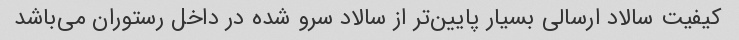
کیفیت سالاد ارسالی بسیار پایین‌تر از سالاد سرو شده در داخل رستوران می‌باشد